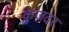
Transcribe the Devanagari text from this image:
कुज़दर